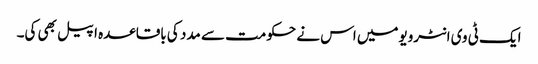
ایک ٹی وی انٹرویومیں اس نے حکومت سے مدد کی باقاعدہ اپیل بھی کی۔